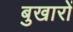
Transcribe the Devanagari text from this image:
बुखारों